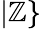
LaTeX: |\mathbb{Z}\}